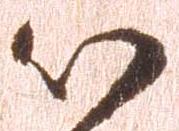
以